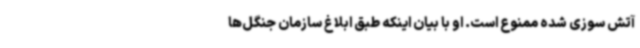
آتش سوزی شده ممنوع است. او با بیان اینکه طبق ابلاغ سازمان جنگل‌ها